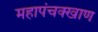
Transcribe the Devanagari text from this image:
महापंचक्खाण